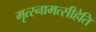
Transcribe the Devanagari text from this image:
मृत्स्नामत्सीहेति